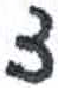
אות: צ